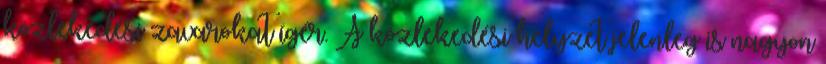
közlekedési zavarokat ígér. A közlekedési helyzet jelenleg is nagyon